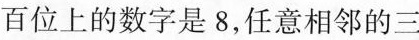
百位上的数字是8，任意相邻的三